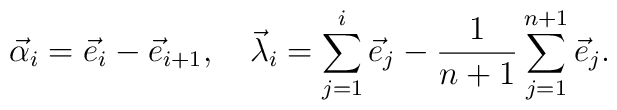
\vec \alpha_i=\vec e_i-\vec e_{i+1}, \quad\vec \lambda_i=\sum_{j=1}^i \vec e_j-{1\over n+1} \sum_{j=1}^{n+1} \vec e_j.